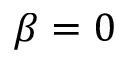
\beta = 0